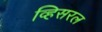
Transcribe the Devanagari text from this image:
व्हिसरल